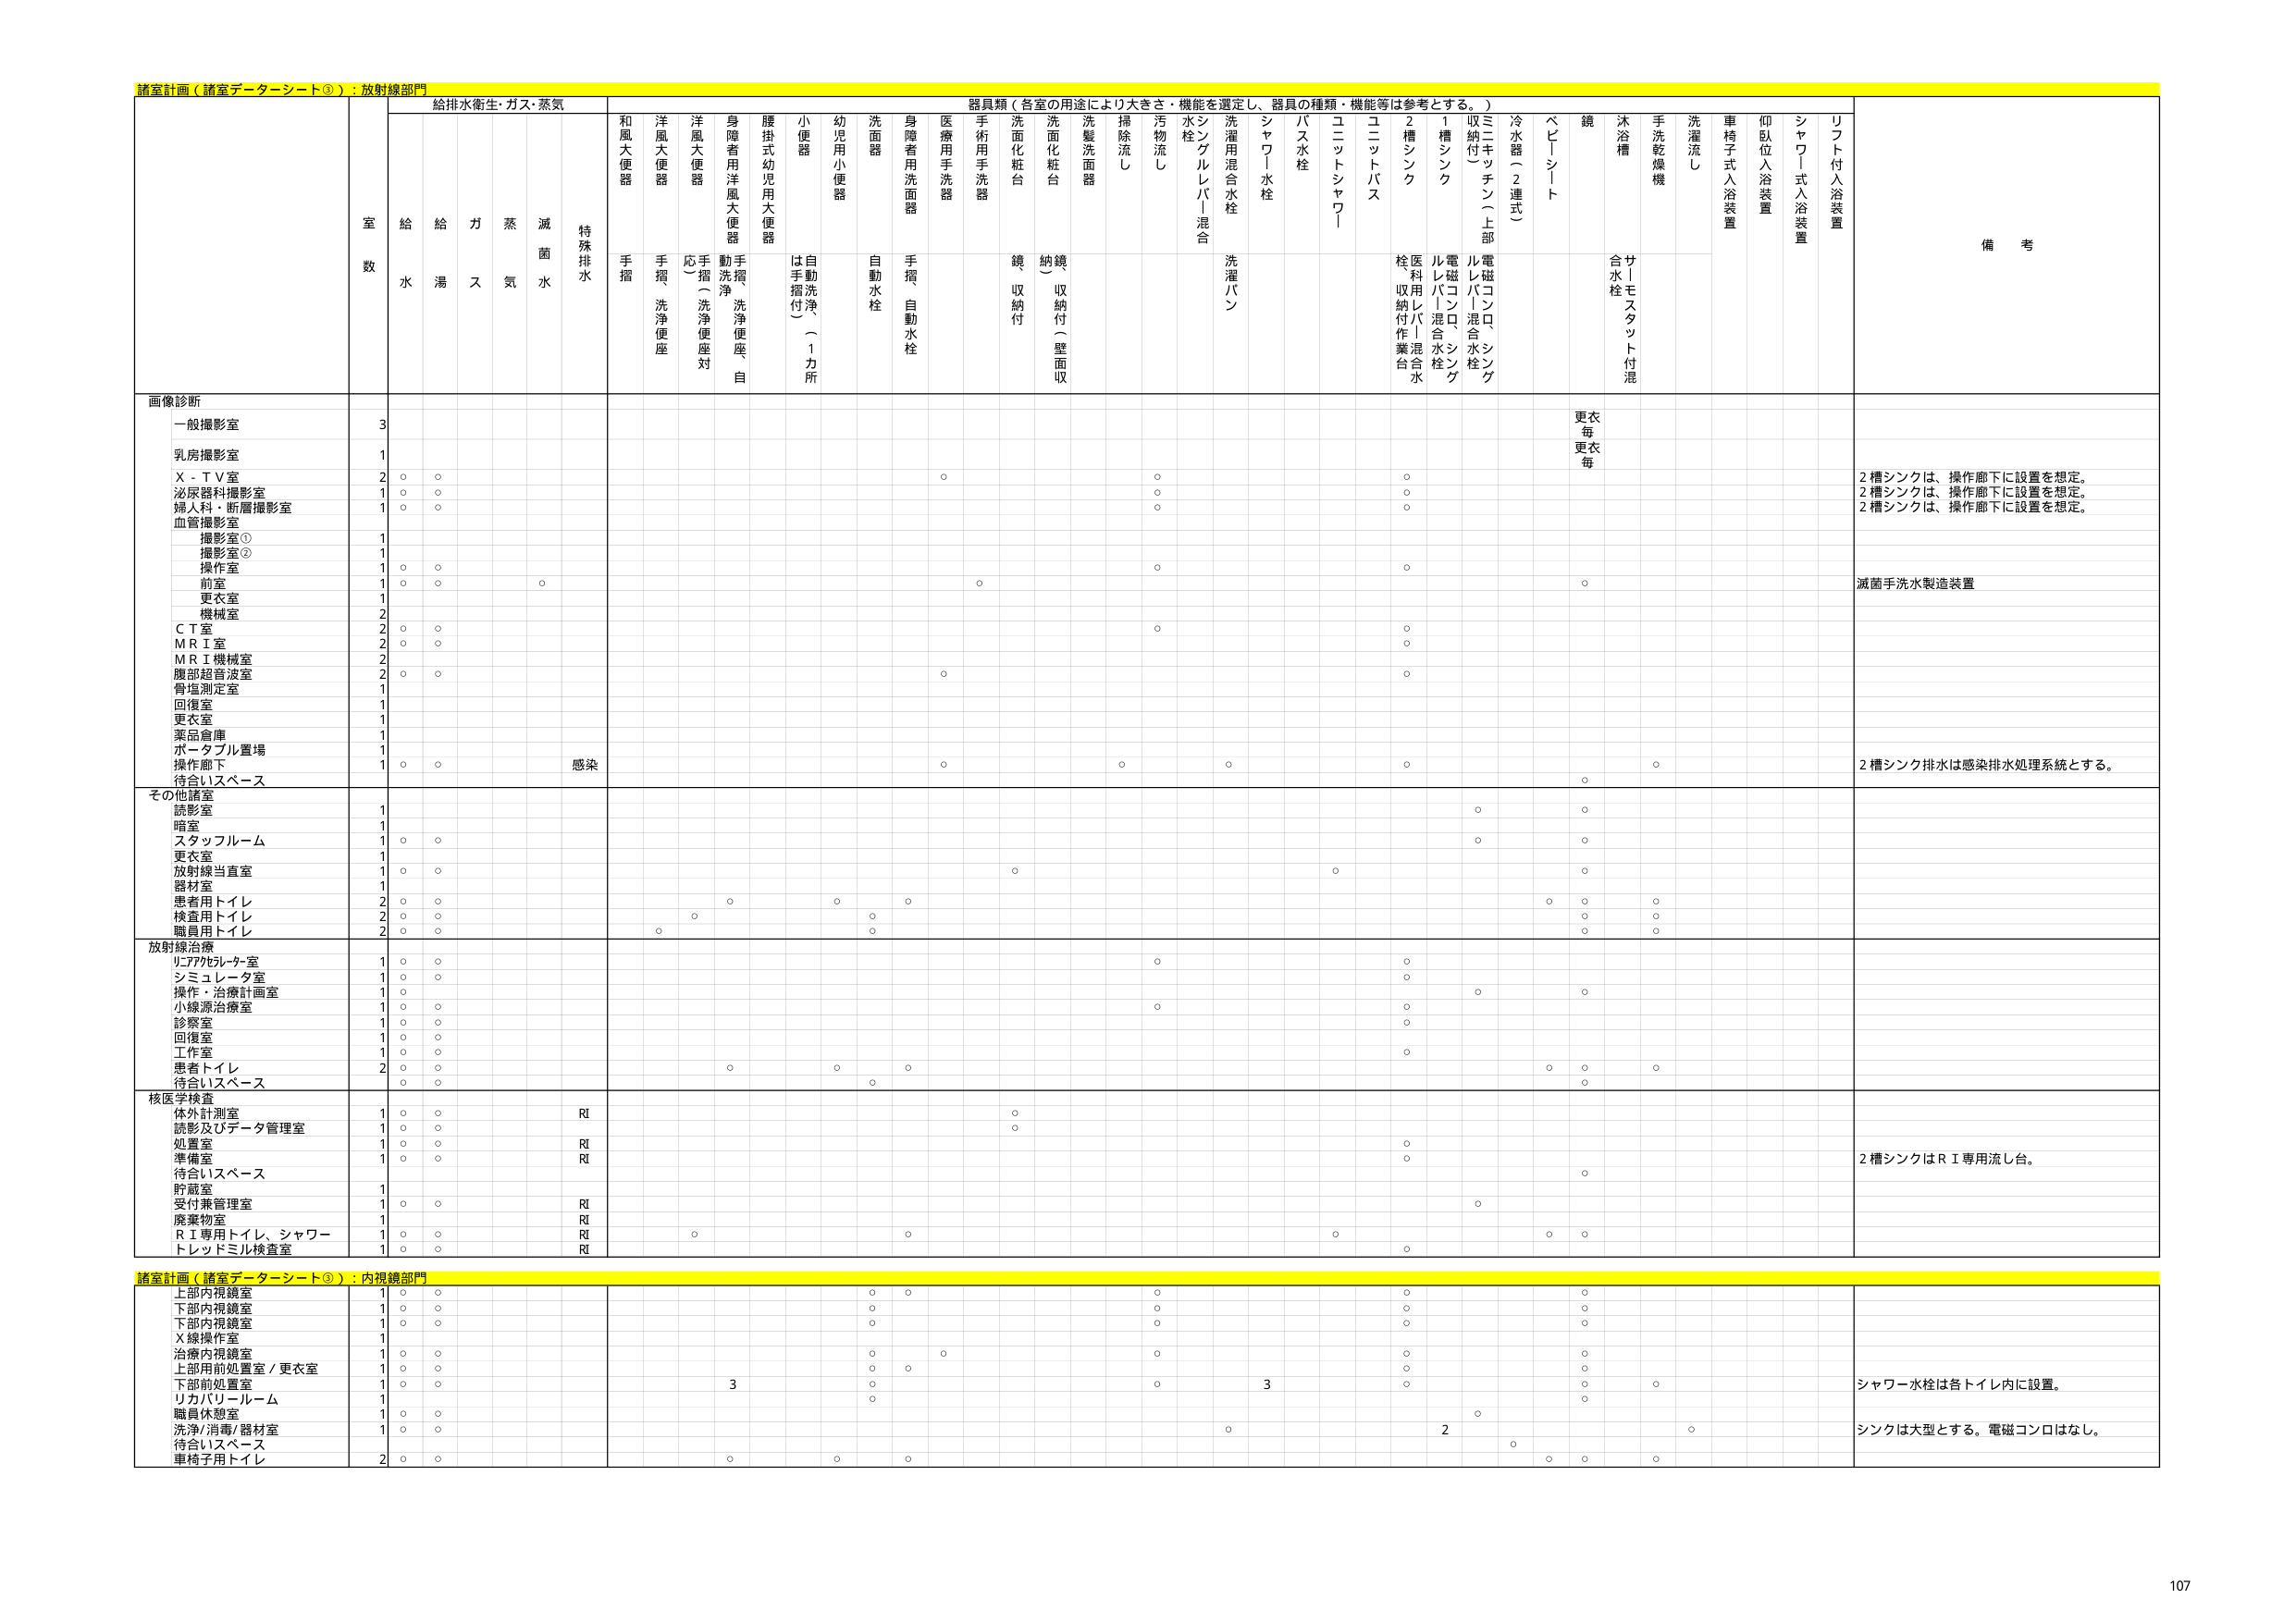
諸室計画（諸室データシート③）：放射線部門

給排水衛生・ガス・蒸気

室数

給水
給湯
ガス
蒸気
滅菌水
特殊排水

器具類（各室の用途により大きさ・機能を選定し、器具の種類・機能等は参考とする。）

和風大便器
手摺

洋風大便器
手摺
洗浄便座

洋風大便器
応（手摺）
洗浄便座対

身障者用洋風大便器
動洗浄
洗浄便座
自

腰掛式幼児用大便器
自動洗浄
（手摺付）
（1カ所）

小便器
は手摺付

幼児用小便器

洗面器
自動水栓

身障者用洗面器
手摺
自動水栓

医療用手洗器

手術用手洗器

洗面化粧台
鏡収納付

洗面化粧台
納鏡（収納付）（壁面収）

洗髪洗面器

掃除流し

汚物流し

水栓
シングルレバー混合

洗濯用混合水栓
洗濯パン

シャワー水栓

バス水栓

ユニットシャワー

ユニットバス

2槽シンク
栓収納付作業台
医利用レバー混合水栓

1槽シンク
電磁コンロ、シングルレバー混合水栓

ミニキッチン（上部収納付）

冷水器（2連式）

ベビーシート

鏡

沐浴槽
合水栓
サ丨モスタット付混

手洗乾燥機

洗濯流し

車椅子式入浴装置

仰臥位入浴装置

シャワー式入浴装置

リフト付入浴装置

備考

画像診断
一般撮影室
3

乳房撮影室
1

X-TV室
2
○
○
○
○
○
更衣
更衣
更衣
更衣

泌尿器科撮影室
1
○
○
○
○
2槽シンクは、操作廊下に設置を想定。

婦人科・断層撮影室
1
○
○
○
○
2槽シンクは、操作廊下に設置を想定。

血管撮影室
撮影室①
1
2槽シンクは、操作廊下に設置を想定。

撮影室②
1

操作室
1
○
○
○
○

前室
1
○
○
○
○
滅菌手洗水製造装置

更衣室
1

機械室
2

ＣＴ室
2
○
○
○
○

ＭＲＩ室
2
○
○
○

ＭＲＩ機械室
2
○
○

腹部超音波室
2
○
○
○
○

骨塩測定室
1

回復室
1

更衣室
1

薬品倉庫
1

ポータブル置場
1

操作廊下
1
○
○
感染
○
○
○
○
○
2槽シンク排水は感染排水処理系統とする。

待合いスペース
○

その他諸室
読影室
1
○
○

暗室
1

スタッフルーム
1
○
○
○
○

更衣室
1

放射線当直室
1
○
○
○
○

器材室
1
○
○
○
○

患者用トイレ
2
○
○
○
○
○
○
○
○
○
○
○
○

検査用トイレ
2
○
○
○
○
○
○
○
○
○
○
○
○

職員用トイレ
2
○
○
○
○
○
○
○
○
○
○
○
○

放射線治療
リファブリレータ室
1
○
○
○
○

シミュレータ室
1
○
○
○

操作・治療計画室
1
○
○
○
○

小線源治療室
1
○
○
○
○

診察室
1
○
○
○

回復室
1
○
○

工作室
1
○
○
○

患者トイレ
2
○
○
○
○
○
○
○
○
○
○
○
○

待合いスペース
○
○
○
○

核医学検査
体外計測室
1
○
○
RI
○

読影及びデータ管理室
1
○
○
○

処置室
1
○
○
RI
○

準備室
1
○
○
RI
○
2槽シンクはＲＩ専用流し台。

待合いスペース
○

貯蔵室
1

受付兼管理室
1
○
○
RI
○

廃棄物室
1
RI

ＲＩ専用トイレ、シャワー
1
○
○
RI
○
○
○
○
○
○

トレッドミル検査室
1
○
○
RI
○

諸室計画（諸室データシート③）：内視鏡部門

上部内視鏡室
1
○
○
○
○
○
○
○
○

下部内視鏡室
1
○
○
○
○
○
○

下部内視鏡室
1
○
○
○
○
○
○

Ｘ線操作室
1
○
○
○
○
○
○

治療内視鏡室
1
○
○
○
○
○
○
○
○

上部用前処置室／更衣室
1
○
○
○
○
○
○
○
○

下部前処置室
1
○
○
3
○
○
3
○
○
○
シャワー水栓は各トイレ内に設置。

リカバリールーム
1
○
○

職員休憩室
1
○
○
○

洗浄/消毒/器材室
1
○
○
○
2
○
シンクは大型とする。電磁コンロはなし。

待合いスペース
○
○

車椅子用トイレ
2
○
○
○
○
○
○
○
○

107